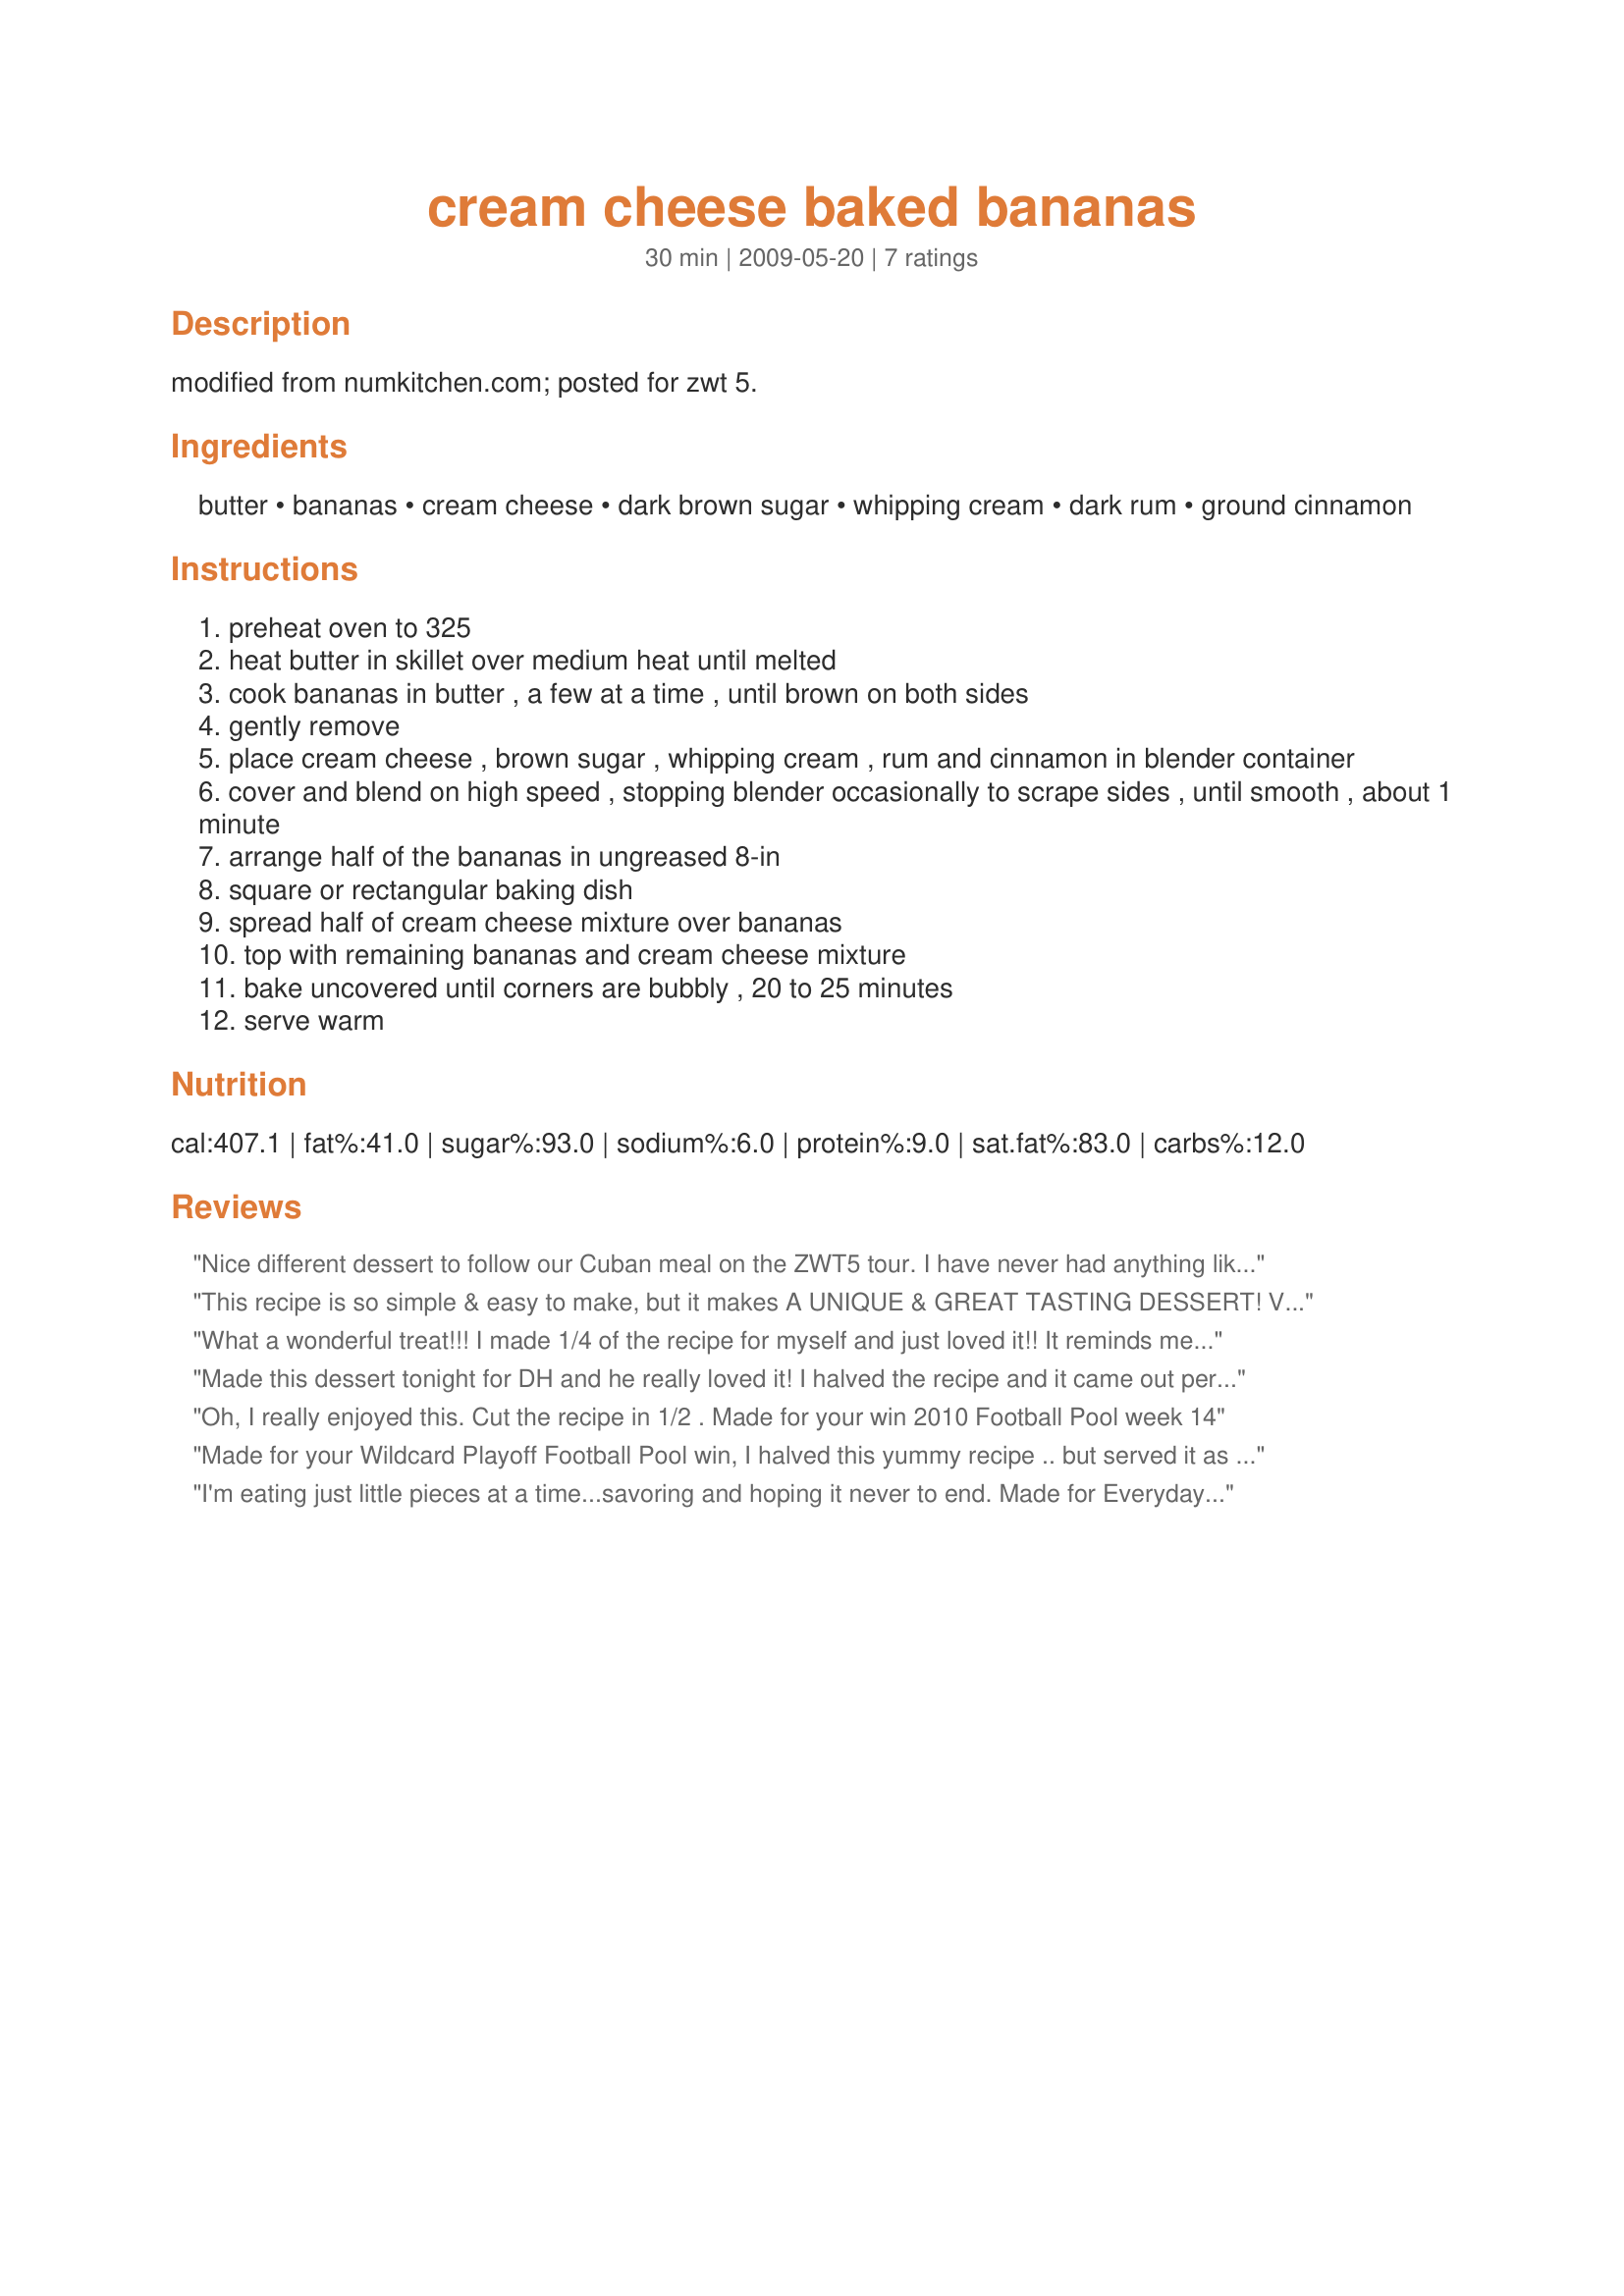
cream cheese baked bananas
Preparation time: 30 minutes

modified from numkitchen.com; posted for zwt 5.

Ingredients:
butter, bananas, cream cheese, dark brown sugar, whipping cream, dark rum, ground cinnamon

Steps:
preheat oven to 325
heat butter in skillet over medium heat until melted
cook bananas in butter , a few at a time , until brown on both sides
gently remove
place cream cheese , brown sugar , whipping cream , rum and cinnamon in blender container
cover and blend on high speed , stopping blender occasionally to scrape sides , until smooth , about 1 minute
arrange half of the bananas in ungreased 8-in
square or rectangular baking dish
spread half of cream cheese mixture over bananas
top with remaining bananas and cream cheese mixture
bake uncovered until corners are bubbly , 20 to 25 minutes
serve warm

Reviews:
Nice different dessert to follow our Cuban meal on the ZWT5 tour. 

I have never had anything like this and I really enjoyed it! Easy to make.
This recipe is so simple & easy to make, but it makes A UNIQUE & GREAT TASTING DESSERT! Very, very nice, & a definite keeper! Thanks so much for sharing the recipe! [Tagged, made & reviewed in Went to the Market tag]
What a wonderful treat!!! I made 1/4 of the recipe for myself and just loved it!! It reminds me of a creamy version of Bananas Foster and this would a wonderful, easier way to serve it to a group. Thanks for sharing the recipe. Made for your win in the football pool.
Made this dessert tonight for DH and he really loved it! I halved the recipe and it came out perfectly -- very easy to make and a great way to use up bananas. Made for ZWT9 - Caribbean, August, 2013.
Oh, I really enjoyed this. Cut the recipe in 1/2 . Made for your win 2010 Football Pool week 14
Made for your Wildcard Playoff Football Pool win, I halved this yummy recipe .. but served it as 6 half-servings in individual gratin dishes w/a scoop of frozen vanilla yogurt & a drizzle of thin choc syrup. Oh my, it was so good! This is an ingredient-friendly & easy-fix dessert that (w/a little advance prep & its ideal cook time) was ready at just the right time to serve w/after dinner coffee. Thx for sharing this tasty recipe w/us & CONGRATS on your Football Pool win. :-)
I'm eating just little pieces at a time...savoring and hoping it never to end. Made for Everyday is a Holiday.
